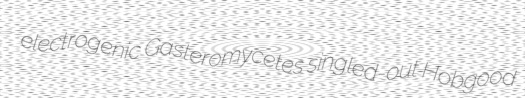
electrogenic Gasteromycetes singled-out Hobgood